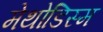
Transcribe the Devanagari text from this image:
मेथोडिस्म